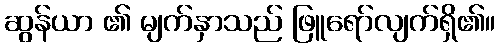
ဆွန်ယာ ၏ မျက်နှာသည် ဖြူရော်လျက်ရှိ၏။